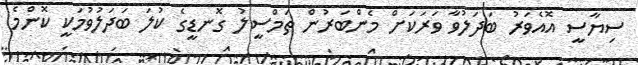
ސިޔާސީ އޮއެވަރު ބަދަލުވާ ވަރަކަށް މެންބަރުން ތަމްސީލު ގޮނޑީގެ ކުލަ ބަދަލުވުމަކީ ކޮންމެ